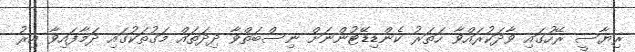
ރިޔާސީ ރޭހުގައި ވާދަކުރައްވާ ހަތަރު ކެންޑިޑޭޓުންނަށް ނިސްބަތްވާ ދިދަތައް މަގުތަކުގައި ދަމާފައިވާ އިރު